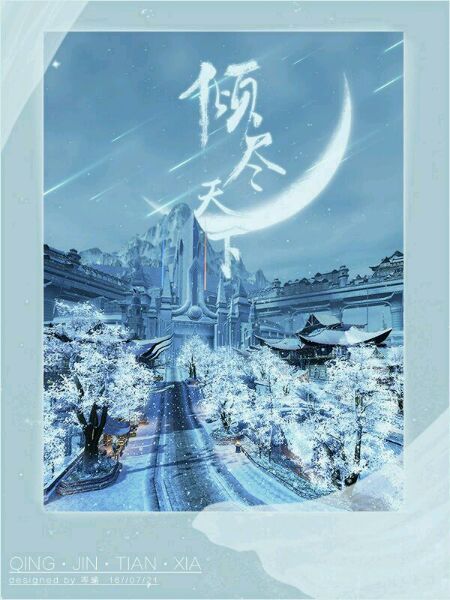
谁知江上酒，还与故人倾。